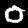
Label: 0